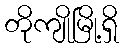
တိုကျိုမြို့ရှိ